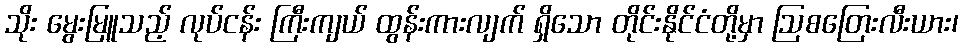
သိုး မွေးမြူသည့် လုပ်ငန်း ကြီးကျယ် ထွန်းကားလျက် ရှိသော တိုင်းနိုင်ငံတို့မှာ ဩစတြေးလီးယား၊